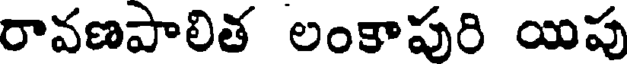
రావణపాలిత లంకాపురి యిపు